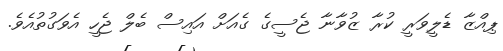
ޕިއްޒާ ޑެލީވަރީ ކުރާ ޒުވާނާ ޖެސީގެ ގެއަށް އައިސް ބެލް ޖެހީ އެވަގުތުއެވެ.